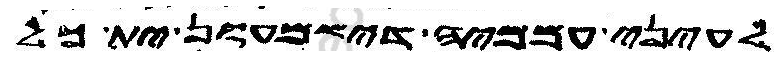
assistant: לעיני עממיה דישמעון ית כל